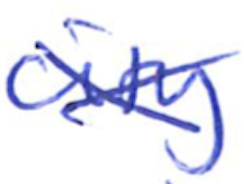
Text: city
Cross-out: cross
Writing tool: ballpoint